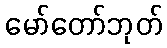
မော်တော်ဘုတ်